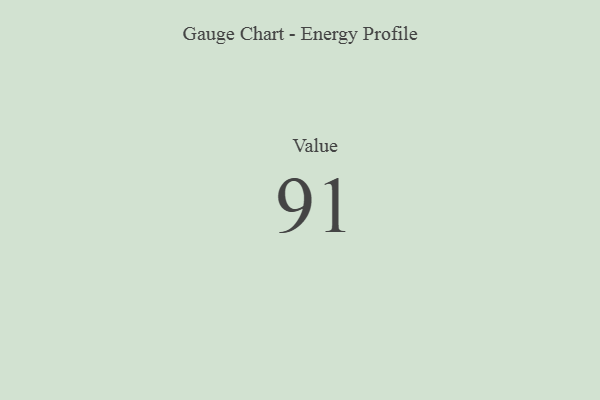
{"axis": {"x": "Metric", "y": "Value"}, "legend": [""], "data": [{"x": "Value", "y": 91, "type": ""}]}